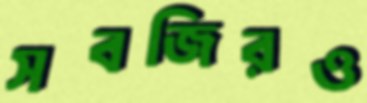
সবজিরও